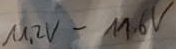
Text: 11,2V-11,6V